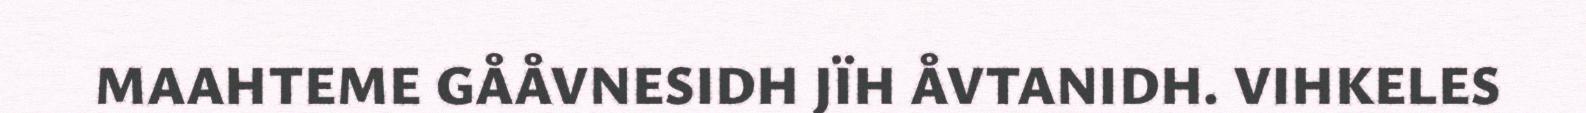
MAAHTEME GÅÅVNESIDH JÏH ÅVTANIDH. VIHKELES